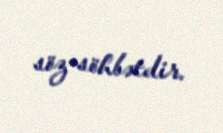
söz-söhbətdir.